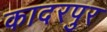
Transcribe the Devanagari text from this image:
कादरपुर